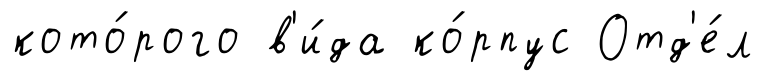
кото́рого в'и́да ко́рпус Отд'е́л